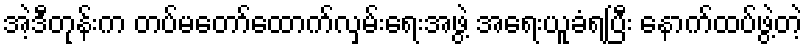
အဲ့ဒီတုန်းက တပ်မတော်ထောက်လှမ်းရေးအဖွဲ့ အရေးယူခံရပြီး နောက်ထပ်ဖွဲ့တဲ့